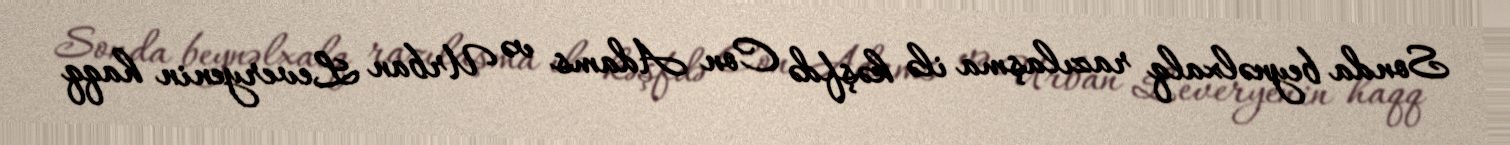
Sonda beynəlxalq razılaşma ilə kəşfdə Con Adams və Urban Leveryenin haqq